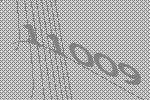
11009